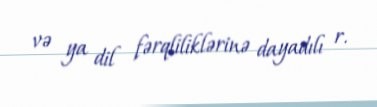
və ya dil fərqliliklərinə dayadılı r.